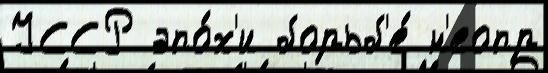
УССР эпо́х'и борьб'е́ н'еопр